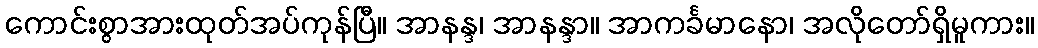
ကောင်းစွာအားထုတ်အပ်ကုန်ပြီ။ အာနန္ဒ၊ အာနန္ဒာ။ အာကင်္ခမာနော၊ အလိုတော်ရှိမူကား။